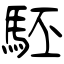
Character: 駓